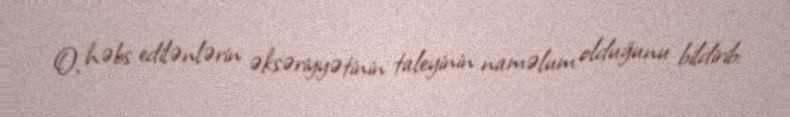
O, həbs edilənlərin əksəriyyətinin taleyinin naməlum olduğunu bildirib: